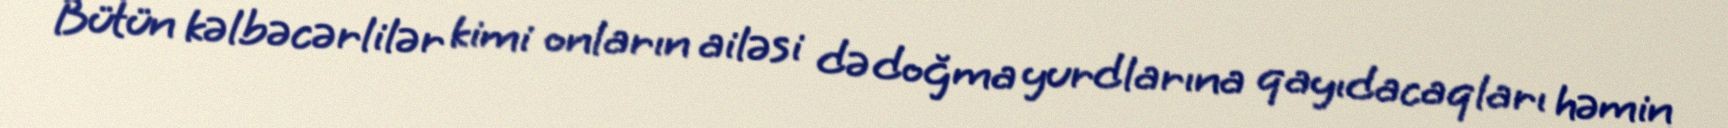
Bütün kəlbəcərlilər kimi onların ailəsi də doğma yurdlarına qayıdacaqları həmin